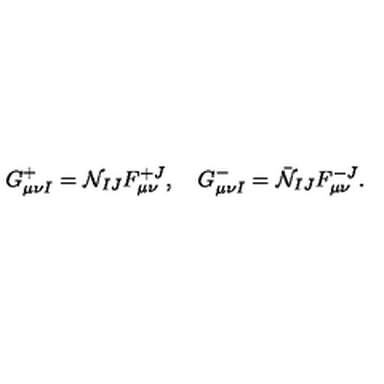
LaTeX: G _ { \mu \nu I } ^ { + } = { \cal N } _ { I J } F _ { \mu \nu } ^ { + J } , \quad G _ { \mu \nu I } ^ { - } = \bar { \cal N } _ { I J } F _ { \mu \nu } ^ { - J } .